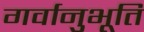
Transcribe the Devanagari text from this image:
गर्वानुभूति